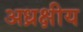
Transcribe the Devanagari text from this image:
अध्रक्षीय